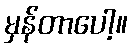
မှန်တာပေါ့။